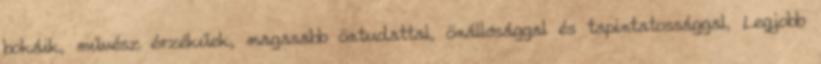
bokáik, művész érzékűek, magasabb öntudattal, önállósággal és tapintatossággal, Legjobb